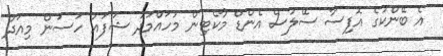
އެ ބޭންކުގެ އޮފިސާ ސޭލުސް އެންޑް މާކެޓިން މުހައްމަދު ޝަފައު ހަސަން މިއަދު